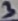
Text: 3